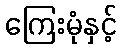
ကြေးမုံနှင့်